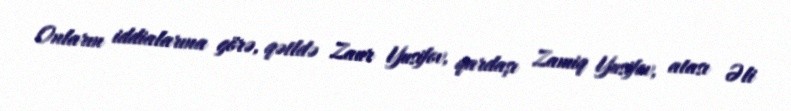
Onların iddialarına görə, qətldə Zaur Yusifov, qardaşı Zamiq Yusifov, atası Əli